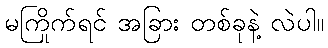
မကြိုက်ရင် အခြား တစ်ခုနဲ့ လဲပါ။